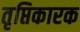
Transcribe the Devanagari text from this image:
तृप्तिकारक